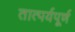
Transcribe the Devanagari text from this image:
तात्पर्यपूर्ण